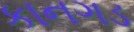
કાનગડ